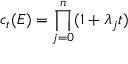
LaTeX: c _ { t } ( E ) = \prod _ { j = 0 } ^ { n } ( 1 + \lambda _ { j } t )